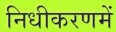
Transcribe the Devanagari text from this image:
निधीकरणमें